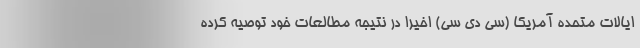
ایالات متحده آمریکا (سی دی سی) اخیرا در نتیجه مطالعات خود توصیه کرده